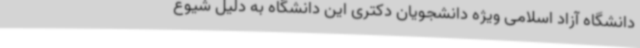
دانشگاه آزاد اسلامی ویژه دانشجویان دکتری این دانشگاه به دلیل شیوع